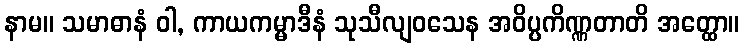
နာမ။ သမာဓာနံ ဝါ, ကာယကမ္မာဒီနံ သုသီလျဝသေန အဝိပ္ပကိဏ္ဏတာတိ အတ္ထော။